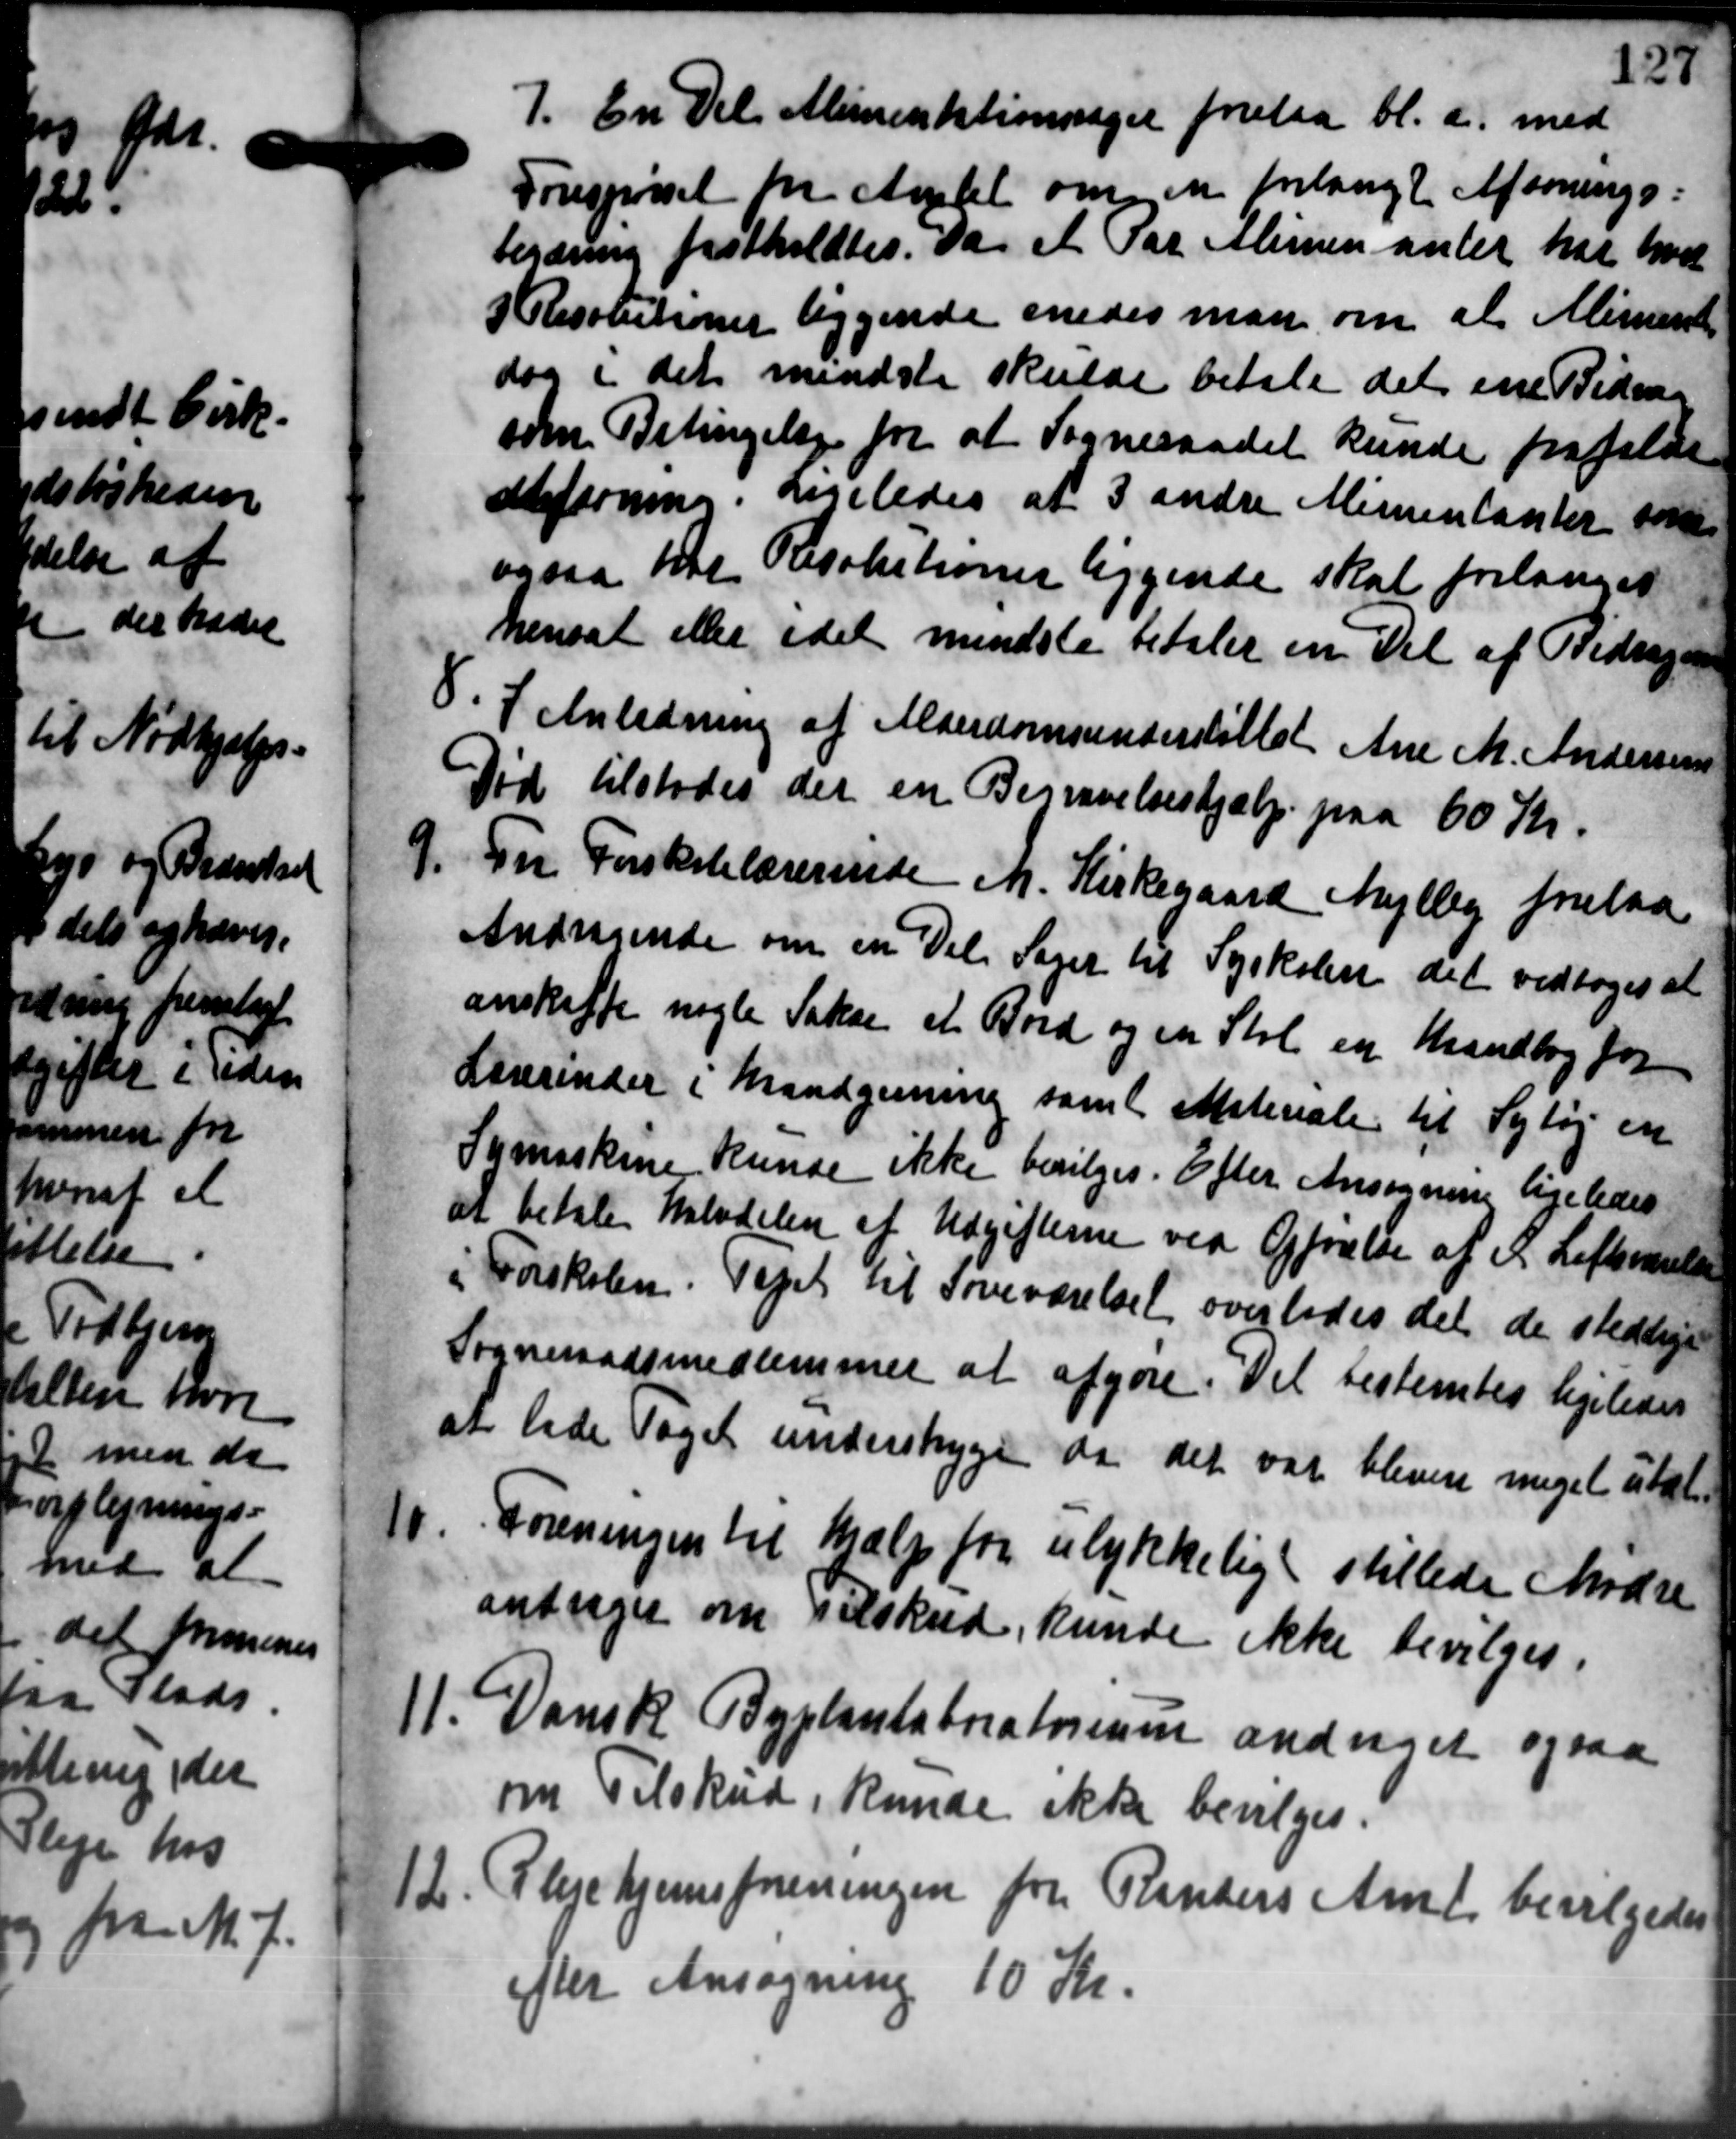
Transskription:
7. En Del Alimentationssager forelaa bl.a. med
7. En Del Alimentationssager forelaa bl.a. med
Forespørgsel fra Amtet om en forlangt Afsonings-
begæring fastholdtes. Da et Par Alimen anler har hver
3 Resolutioner liggende enedes man om at Aliment
dog i det mindste skulde betale det ene Bidrag
som Betingelse for at Sogneraadet kunde frafalde
dfsoning. Ligeledes af 3 andre Alimentanter som
ogsaa har Resolutioner liggende skal forlanges
hensat eller idet mindste betaler en Del af Bidragen
8. I Anledning af Alderdomsunderstøttet Ane M. Andersens
8. I Anledning af Alderdomsunderstøttet Ane M. Andersens
Tid tilstodes der en Begravelseshjælp paa 60 Kr.
9. Fra Forskolelærerinde M. Kirkegaard Mejlby forelaa
9. Fra Forskolelærerinde M. Kirkegaard Mejlby forelaa
Andragende om en Del Sager til Syskolen det vedtoges at
anskaffe nogle Takse et Bord og en Stol en Brandbog for
Lærerinder i Brandgerning samt Materiale til Sytøj en
Symaskine kunde ikke bevilges. Efter Ansøgning ligeledes
at betale Halvdelen af Udgifterne ved Opførelse af P. Loftsmalen
Forskolen. Sept til Soveværelset overlodes det de stedlige
Sogneraadsmedlemmer at afgøre. Det bestemtes ligeledes
at lede Taget underskyge da det var blevere meget utal-
10.
Foreningen til hjælp for ulykkelig stillede Mødre
andrager om Tilskud, kunde ikke bevilges.
11. Dansk Byplantaboratorenen andraget ogsaa
11. Dansk Byplantaboratorenen andraget ogsaa
om Tilskud, kunde ikke bevilges.
12. Plejehjemsforeningen fra Randers Amt bevilgedes
12. Plejehjemsforeningen fra Randers Amt bevilgedes
efter Ansøgning 10 Kr.